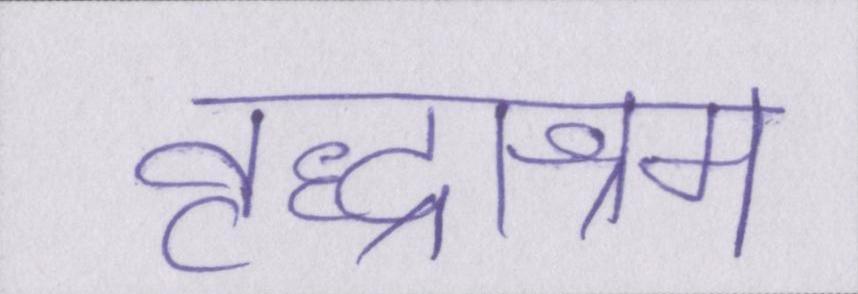
वृद्धाश्रम